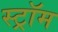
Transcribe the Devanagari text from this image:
स्ट्रॉम